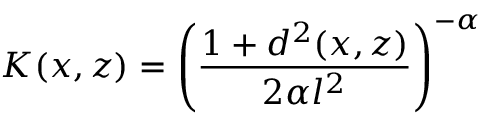
K ( x , z ) = \left( \frac { 1 + d ^ { 2 } ( x , z ) } { 2 \alpha l ^ { 2 } } \right) ^ { - \alpha }